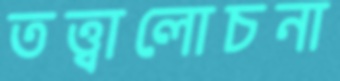
তত্ত্বালোচনা